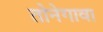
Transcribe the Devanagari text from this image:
तोनेगावा